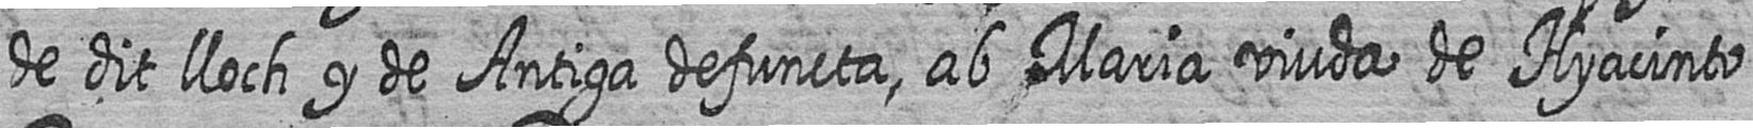
de dit lloch y de Antiga defuncta ab Maria viuda de Hyacinto